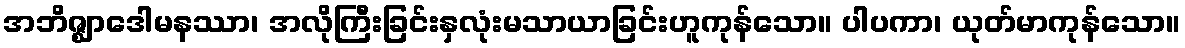
အဘိဇ္ဈာဒေါမနဿာ၊ အလိုကြီးခြင်းနှလုံးမသာယာခြင်းဟူကုန်သော။ ပါပကာ၊ ယုတ်မာကုန်သော။